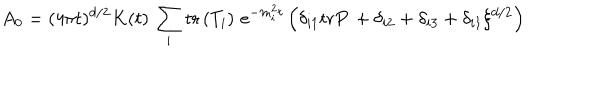
A _ { 0 } = ( 4 \pi t ) ^ { d / 2 } K ( t ) \, \sum _ { i } \mathrm { t r } \left( T _ { i } \right) \, e ^ { - m _ { i } ^ { 2 } t } \left( \delta _ { i 1 } \mathrm { t r } P \, + \delta _ { i 2 } + \delta _ { i 3 } + \delta _ { i 1 } \xi ^ { d / 2 } \right)